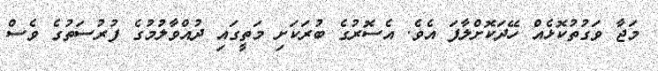
މަޖާ ވަގުތުކޮޅެއް ހޭދަކޮށްލާފަ އެވެ. އެސޮރުގެ ބުރަކަށި މަތީގައި ދުއްވާލުމުގެ ފުރުސަތުގެ ވެސް